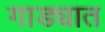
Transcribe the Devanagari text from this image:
गाड्यात